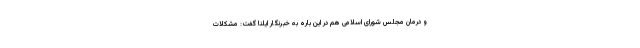
و درمان مجلس شورای اسلامی هم در این باره به خبرنگار ایلنا گفت: مشکلات